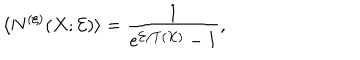
\langle N ^ { ( \xi ) } ( X ; { \cal E } ) \rangle = \frac { 1 } { e ^ { { \cal E } / T ( X ) } - 1 } ,